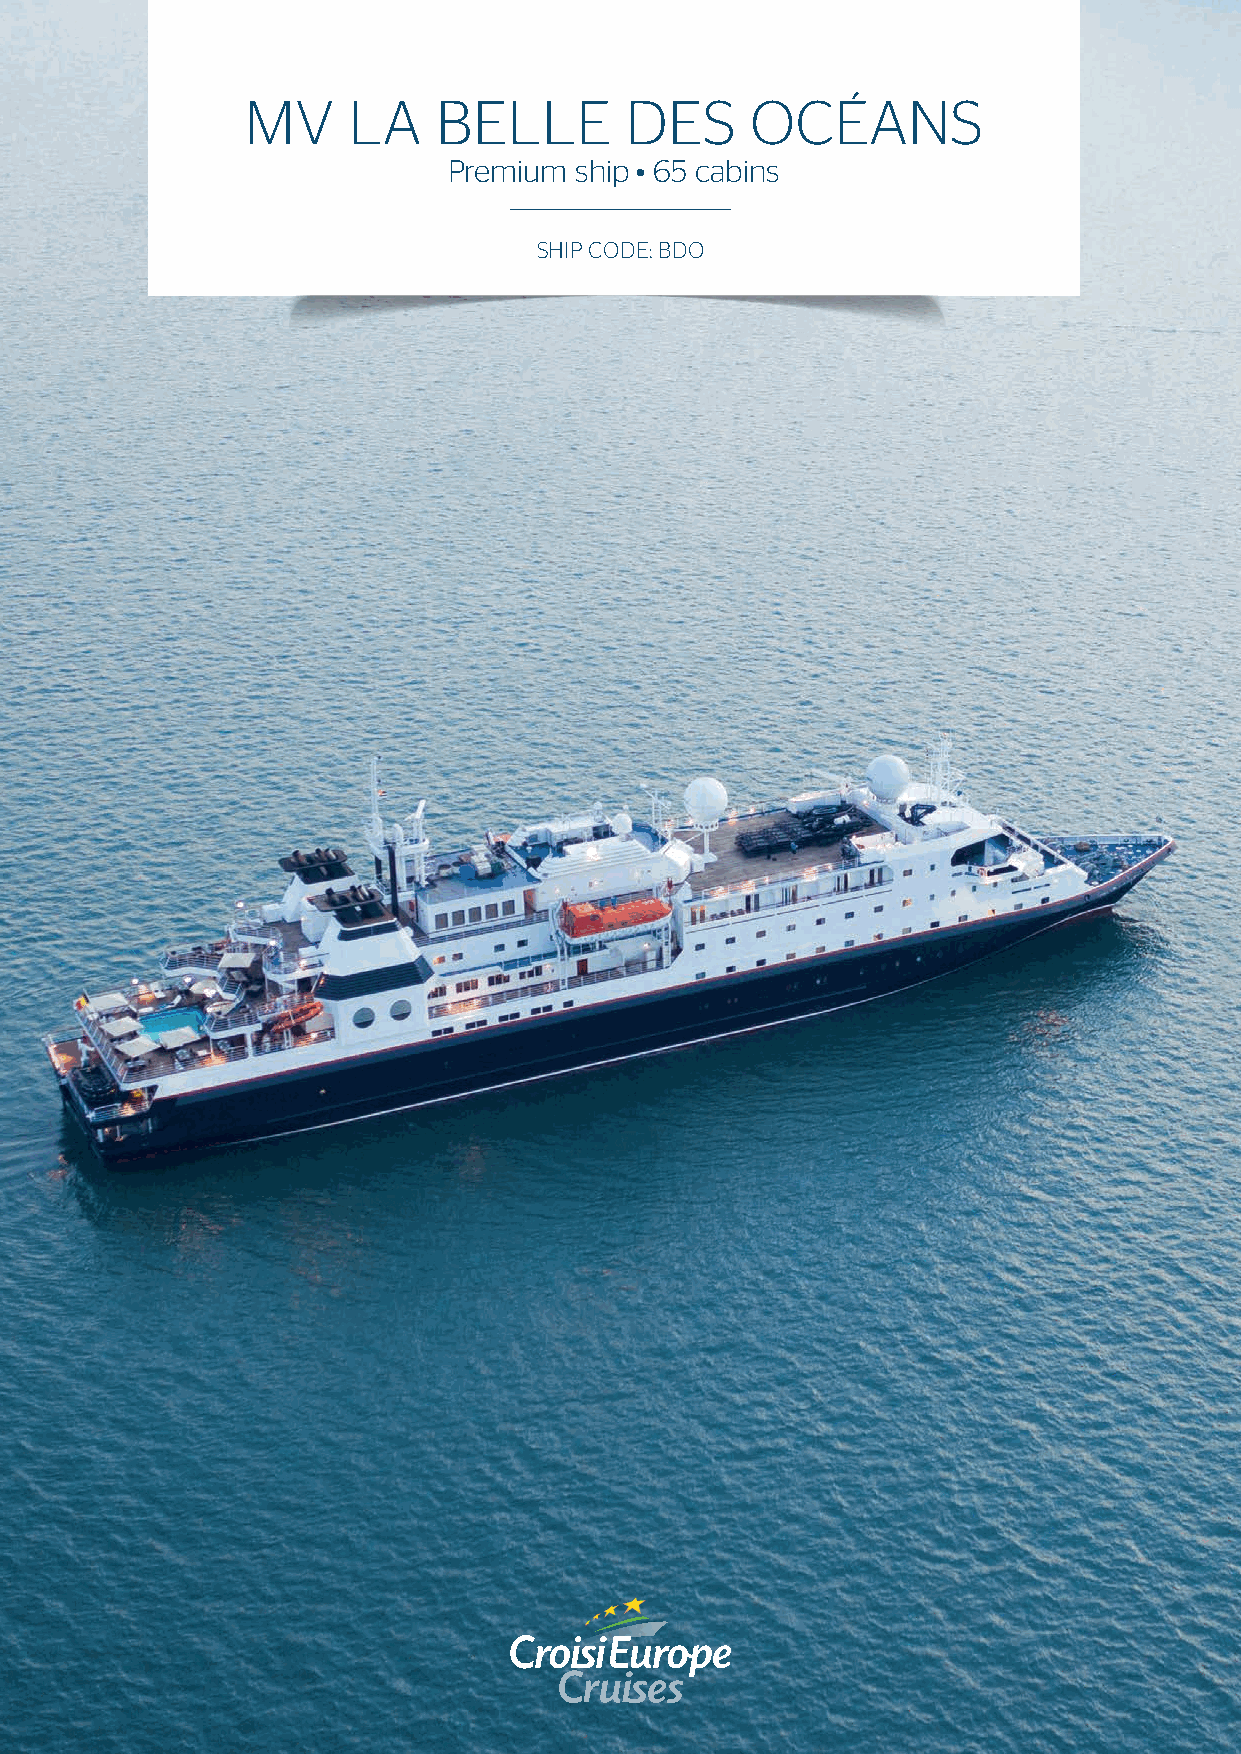
MV     LA    BELLE       DES      OCÉANS
 Premium ship • 65 cabins
 SHIP CODE: BDO